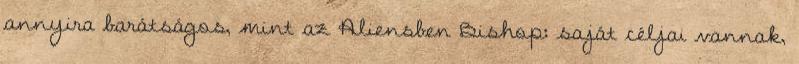
annyira barátságos, mint az Aliensben Bishop: saját céljai vannak,